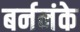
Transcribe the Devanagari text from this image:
बर्ननंके